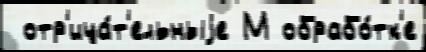
 отр'ица́т'ельныjе М обрабо́тк'е